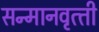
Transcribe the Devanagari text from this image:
सन्‍मानवृत्‍ती